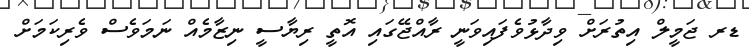
ޑރ ޖަމީލް އިތުރަށް ވިދާޅުވެފައިވަނީ ރާއްޖޭގައި އޮތީ ރިޔާސީ ނިޒާމެއް ނަމަވެސް ވެރިކަމަށް